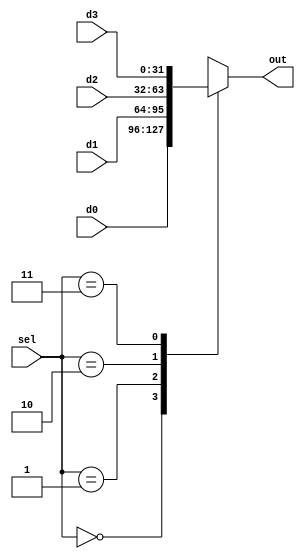
module mux4_1
(
	d0,
	d1,
	d2,
	d3,
	sel,
	out
);

	parameter n = 32;

	input [n-1:0] d0, d1, d2, d3;
	input [1:0] sel;
	output reg [n-1:0] out;

	always @(*)
	begin
		case (sel)
		2'b00 : out <= d0;
		2'b01 : out <= d1;
		2'b10 : out <= d2;
		2'b11 : out <= d3;
		endcase
	end

endmodule